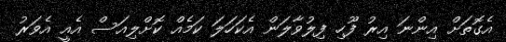
އެގޮތަށް އިންނަ އިރު ފޫހި ފިލުވާލަން އެކަހަލަ ކަމެއް ކޮށްލިއަސް އެއީ އެވަރު